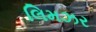
લિમઝર